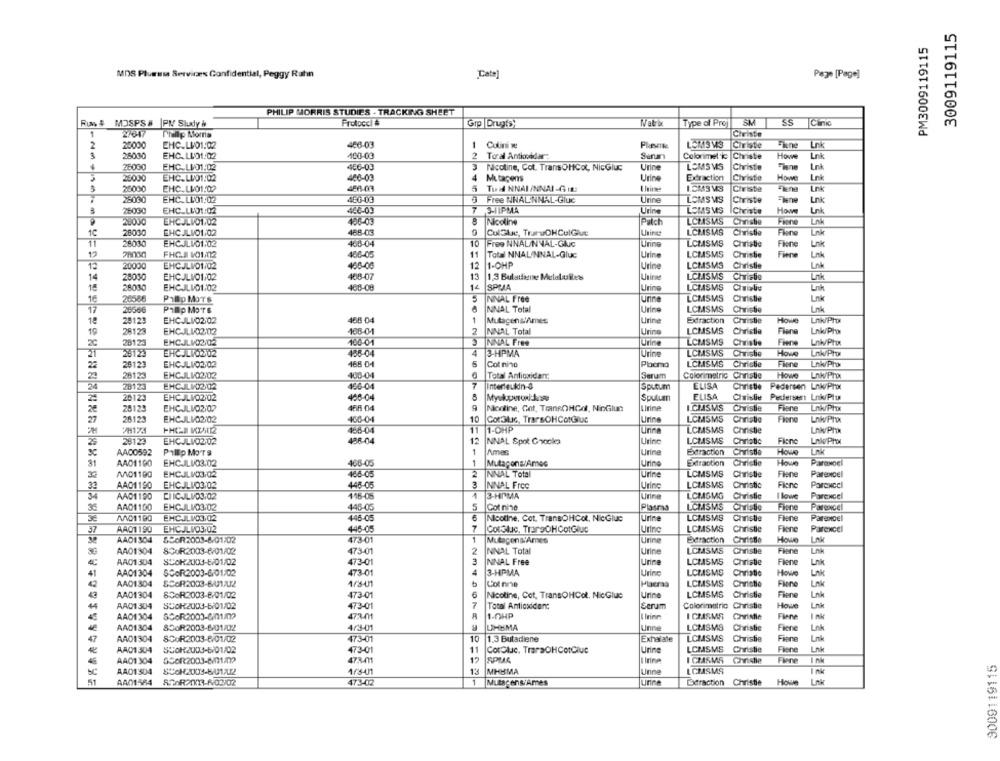
3009119115
PM3009119115
MDS Pluessa Services Confidential, Peggy Rahn
Cate]
Page [Page]
PHILIP MORRIS STUDIES - TRACKING SHEET
RUG & MOSPS # |PM Sludy &
Protocol #
Grp |Drugtsy
Type of Proj
SM
SS
Clinic
1
27647
Philip Moms
Civiste
2
20000
EMC.LI01:02
456-03
Culini Ne
Platte
Christie
Tine
25000
EHC.LLO1:02
460-03
Toral Antkonddar:
Surun
Colorimet ic Christie
Howe
Lnk
26000
EHC.L/01:02
456-03
3
Nicotine, Cot. TransOHCot, NicGluc
Urine
LOMSMS
Christie
Plane
Lnk
400-03
A
Lnk
25000
EHC.LU01:02
Mutaçons
Urine
Exdraction
Christie
Howe
26000
EHC.LI01.02
486-03
5
TUL NNAI INNAI-GIE:
Christie
Lnk
28000
EHCALL01.02
486-03
Free NNALNNHL-Gluc
Urine
LOMSMS
Christie
Lnk
75030
EHC.LE01:02
440-01
7
S-IIPMA
Urine
LOMSMS
Christie
Howe
Lnk
280J0
EHCALVO1:02
406-03
Nicoline
Pulch
LCHSMS
Christie
Fione
1C
26000
EHC JLI01/02
488-03
CulGle, TruruOHCulGue
LCMSMS
Christie
Fiene
Lok
11
28000
EHCALVO1:02
460-04
10
Free ANAL/NYAL-Gluc
Urine
LCMSMS
Christie
Fiene
Lnk
12
FHC.I 1001/02
406-05
11
Total NNAL/NNAL-Gluc
Urine
LCMSMS
Christie
Fiere
Link
12
20000
EHCJLVO1/02
468-00
12
1-OHP
Urine
LCMSMS
Christie
Lnk
408-07
LCLSMS
14
28030
EHCJLI/01/02
13
1,3 Butadiene Melabulles
Christie
15
28010
EHCJLI01/02
408-08
14
SPUMA
Urine
LCMSMS
20586
LCMSMS
Link
16
Pillo Mars
NINAL Free
Urine
Christie
17
26666
Phillip Mors
NNAL Total
Urine
LCMSMS
Christie
18
28129
EHCJLI/02/02
458 04
1
MutagensiAmes
Urine
Extraction
Christie
Hove
Lnk/Pro
19
28123
EHCJLI02.012
166-01
2
NNAL Total
Urine
LCMSMS
Christie
Fiene
Lnk/Phor
2C
28123
EHCJLI02/02
100-01
INNAL Free
Urine
LCMSMS
Christie
Fiene
Lak/Phot
21
29123
EHCJLICZ02
456-04
4
3-HPMA
Urine
LCMSMS
Christie
Hows
22
26123
EHCJLI02:02
165 04
5
Col nino
Pbema
LCMSMS
Christie
Fiere
Lnk/Pro
28123
EHCJLI02:02
29
400-04
Total Antioxidant
Serum
Colorimetric Christie
Howe
24
28123
EHCULI22 02
450-04
Interleukin-&
Sputum
ELISA
Christie Pedersen Lnk/Phx
ELISA
28123
EHCJLI02/02
408-04
Sputum
Christie Pedersen Lnk/Plu
28123
EHCJLI0202
9
Nonline, Got, TransOHGol, NinGlun
Lirine
ICHSMS
Christie
Finne
Lnk/Prox
26123
EHCJLI02:02
408-04
10
Coralluc, TrarsoHCotGluc
Urine
LCMSMS
Christie
Fiore
27
1-OHP
7H174
458-04
11
LCMSMS
Christie
Lnk/Phth
29123
EHCJLI0202
488-04
12
NNAL Spot Ghocks
LCMSMS
Christie
Fine
Lniv Phol
3C
AA00592
Pilllip Mors
1
Ames
Urine
Extraction
Christie
Howe
LAK
31
AA01100
EHCJLI03.02
466-05
1
Mutaçona:Ares
Urine
Extraction
Howe
Paranoel
AND1190
EHCJLICO,02
466-05
LCMSMS
Fiene
2
NINAL Total
Urine
Christie
Parexcel
32
AAD1190
EHCJLI03/02
448-05
3
NNAL Free
Urine
LCMSMS
Christie
Flere
PorCNCcl
CIICJLIO3,02
Urine
LCMSMG
Christie
I love
34
AAD1190
416-05
3-HIMA
Porexcel
35
AAD1100
EHCJLI03,02
446-05
5
Cot nie
Plasmas
LCNSMS
Christie
Fione
Parexcel
AND1190
EHCJLIC3,02
446-05
Nicotine, Cot. TransOHCot, NicGlue
Urine
LCMSMS
Christie
Fline
Parexcel
37
AA01190
EHCJLVO3/02
446-05
7
CotGluc, TrarsoHCotGluc
Urine
LCMSMS
Christie
Flere
Parexcel
AAD1304
55OR2003-6/01702
473-01
1
Mutagen&'Ames
Urine
Extraction
Christie
Howe
Lak
AA01304
8OUR2003-6/01/02
473-01
NINAL Total
Urine
LCMSM5
Christie
Fiene
4C
AA01304
SCOR2003-6/01/02
473-01
NNAL Free
Urine
LCISMS
Christie
Fillene
Lnk
AA01304
SCOR2003-6/01/02
473-01
3-HPMA
Urine
LCMSMS
Christie
Howe
Lni
AA01304
SCOR2003-8/021/02
1/841
Col nie
Paeraa
LCMSMS
Christie
Fione
Lnk
AA01304
6
Urine
LCMSMS
Filene
Lnk
8COR2003-8/01/02
473-01
Nicotine, Cot, TransOHCot. NicGlue
Christie
AA01304
SCOR2003-6/01/02
473-01
Total Antioxidant
Serum
Colorimetric Christie
Howe
Lnk
AA01304
SCOR2003-6/01/2
473-01
1-OHP
I CHISME
Christie
Finne
Ink
AAD1304
850R2003-6/01/02
4/3-01
UHEMA
Unne
LCLSMS
Christie
Fiere
Lnk
AA01304
8CUR2003-6/01/02
473-01
10
1.3 Butadiene
Exhalale
LCMSMS
Christie
Fiene
Fiene
AA01304
SCOR2003-6/01/02
473-01
11
Coroluc, TreraOHCotClue
Urine
LCMSMS
Christie
AA01 304
GSOR2003-6/01/2
473-011
12
SPULE
I Itine
ICHSMS
Christie
Finne
Ink
9009119115
13
MHEMA
Unne
LCMSMS
AA01304
AA01564
473-02
1
Mutacens/Ames
urine
Extraction
Christie
Howe
Lok